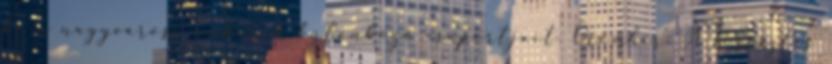
be a nagyvárosi emberek különböző csoportjait. Örömhír: A Keresztes